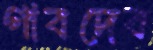
গাবদেব